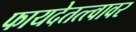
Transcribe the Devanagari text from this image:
फायदेतत्त्वावर